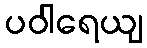
ပဝါရေယျ